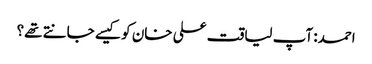
احمد: آپ لیاقت علی خان کو کیسے جانتے تھے؟